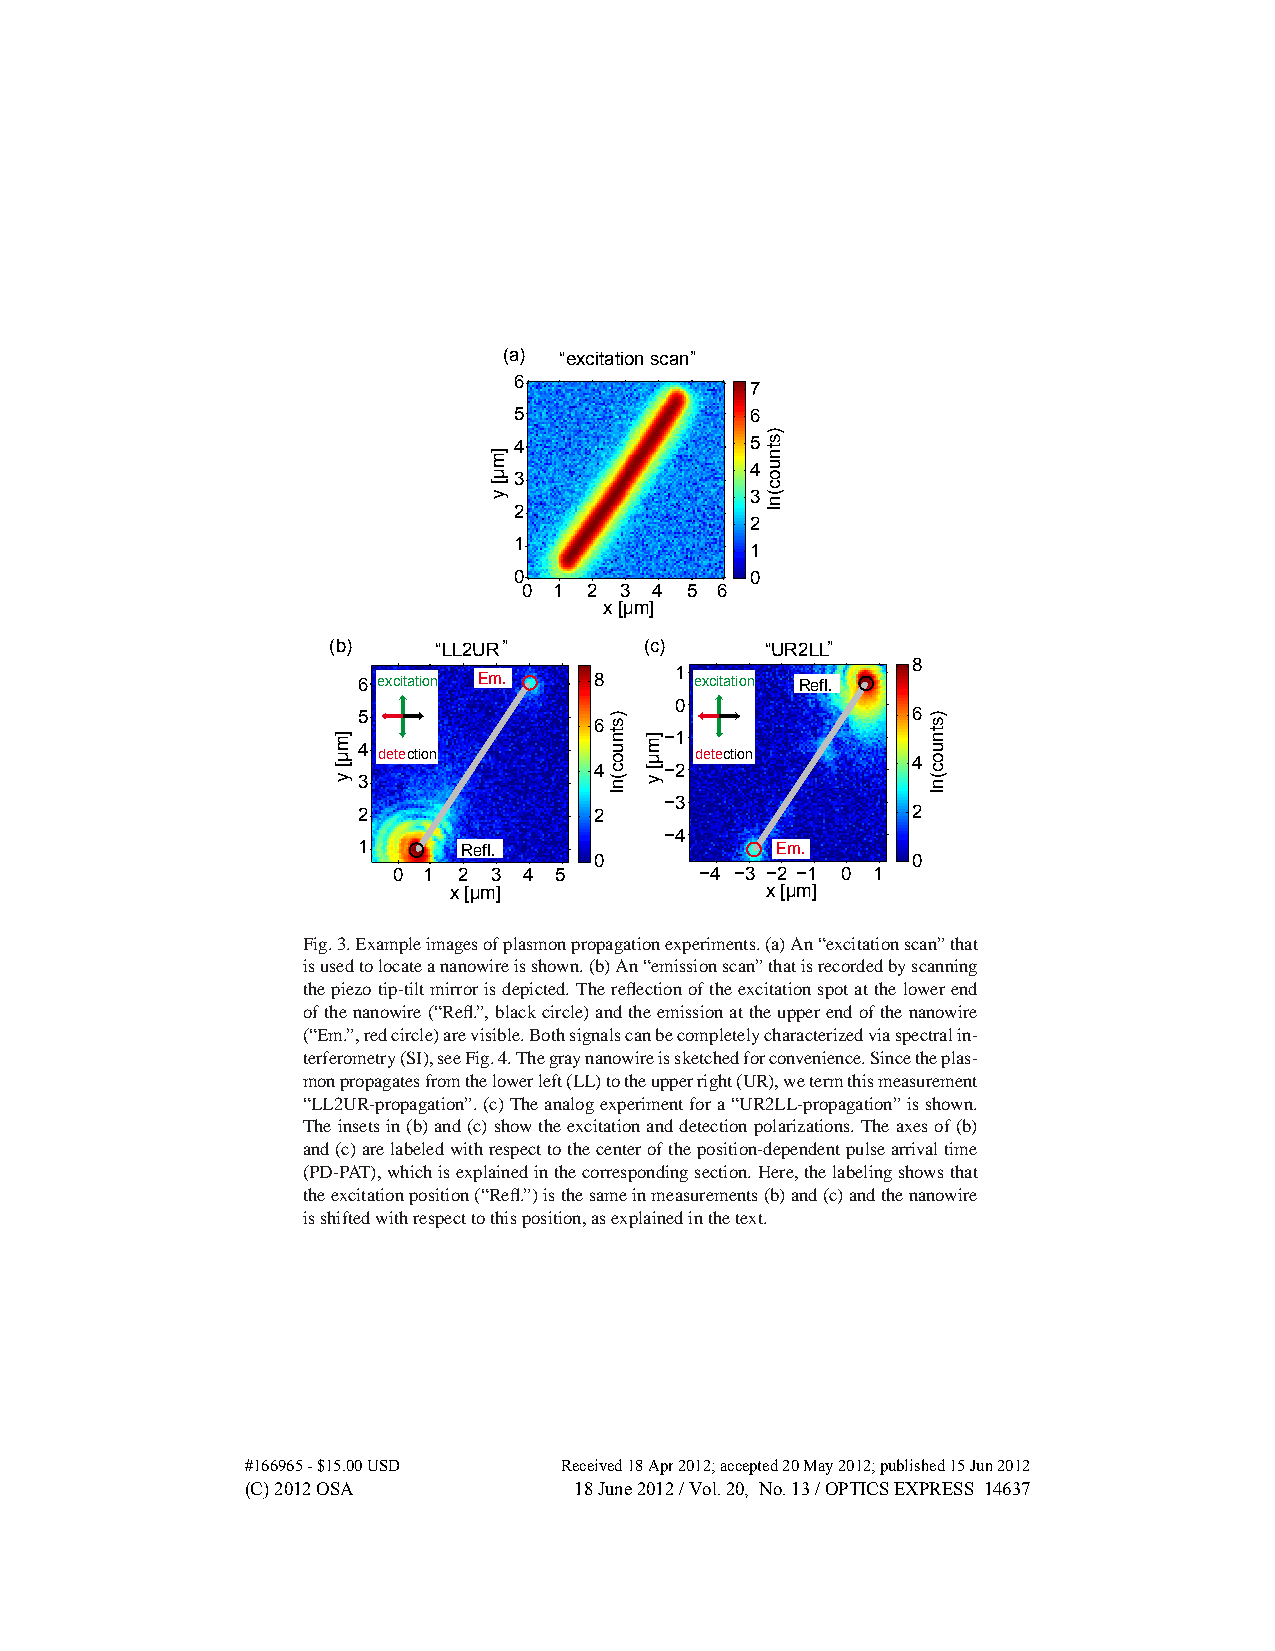
„
 (a) “excitation scan
 6
 7
 5               6
 4               5
 4
 3
 3
 2
 2
 1
 1
 0               0
 0 1 2 3 4 5 6
 x [μm]
 „                     „
 (b)    “LL2UR        (c)     “UR2LL
 8
 6 excitation Em. 8   1 excitation Refl.
 0
 5                                   6 6
 −1
 4
 detection            detection     4
 4    −2
 3
 −3
 2              2                    2
 −4
 1      Refl.               Em.
 0                    0
 0 1 2 3  4 5        −4 −3 −2 −1 0 1
 x [μm]               x [μm]
 Fig.3.Exampleimagesofplasmonpropagationexperiments.(a)An“excitationscan”that
 isusedtolocateananowireisshown.(b)An“emissionscan”thatisrecordedbyscanning
 thepiezotip-tiltmirrorisdepicted.Thereflectionoftheexcitationspotatthelowerend
 ofthenanowire(“Refl.”,blackcircle)andtheemissionattheupperendofthenanowire
 (“Em.”,redcircle)arevisible.Bothsignalscanbecompletelycharacterizedviaspectralin-
 terferometry(SI),seeFig.4.Thegraynanowireissketchedforconvenience.Sincetheplas-
 monpropagatesfromthelowerleft(LL)totheupperright(UR),wetermthismeasurement
 “LL2UR-propagation”.(c)Theanalogexperimentfora“UR2LL-propagation”isshown.
 Theinsetsin(b)and(c)showtheexcitationanddetectionpolarizations.Theaxesof(b)
 and(c)arelabeledwithrespecttothecenteroftheposition-dependentpulsearrivaltime
 (PD-PAT),whichisexplainedinthecorrespondingsection.Here,thelabelingshowsthat
 theexcitationposition(“Refl.”)isthesameinmeasurements(b)and(c)andthenanowire
 isshiftedwithrespecttothisposition,asexplainedinthetext.
 #166965 - $15.00 USD Received 18 Apr 2012; accepted 20 May 2012; published 15 Jun 2012
 (C) 2012 OSA          18 June 2012 / Vol. 20, No. 13 / OPTICS EXPRESS 14637
 ]mμ[
 y
 ]mμ[
 y
 )stnuoc(nl
 ]mμ[
 y
 )stnuoc(nl
 )stnuoc(nl